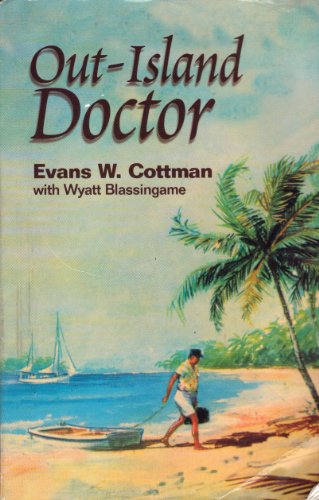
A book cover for Out-Island Doctor; Evans W. Cottman; Humor & Entertainment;